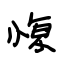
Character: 愎